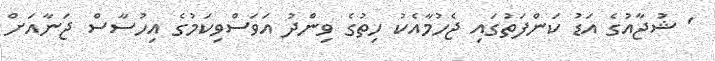
' ޝުޖާއުގެ އަޑު ކަންފަތުގައި ޖެހުމާއެކު ހިތުގެ ވިންދު އަވަސްވިކަމުގެ އިހުސާސް ޖަނާއަށް